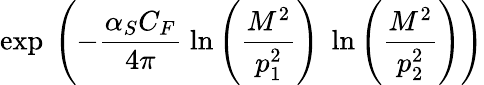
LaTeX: \exp\: \left(-\frac{\alpha_{S}C_{F}}{4\pi}\; \ln\left(\frac{M^{2}}{p_{1}^{2}}\right)\; \ln\left(\frac{M^{2}}{p_{2}^{2}}\right)\right)